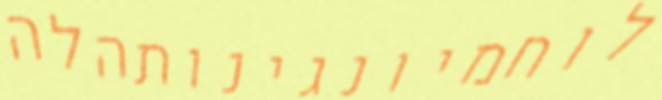
לוחמיונגינותהלה